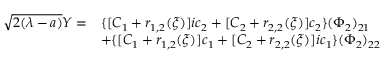
\begin{array} { r l } { \sqrt { 2 ( \lambda - a ) } Y = } & { \{ [ C _ { 1 } + r _ { 1 , 2 } ( \xi ) ] i c _ { 2 } + [ C _ { 2 } + r _ { 2 , 2 } ( \xi ) ] c _ { 2 } \} ( \Phi _ { 2 } ) _ { 2 1 } } \\ & { + \{ [ C _ { 1 } + r _ { 1 , 2 } ( \xi ) ] c _ { 1 } + [ C _ { 2 } + r _ { 2 , 2 } ( \xi ) ] i c _ { 1 } \} ( \Phi _ { 2 } ) _ { 2 2 } } \end{array}